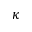
\kappa